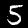
Label: 5